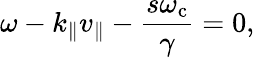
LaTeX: \omega-k_{\parallel}v_{\parallel}-\frac{s\omega_{\mathrm{c}}}{\gamma}=0,